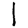
Digit: 1